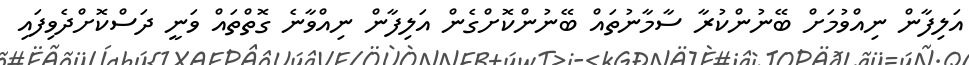
އަލިފާން ނިއްވުމަށް ބޭނުންކުރާ ސާމާނުތައް ބޭނުންކޮށްގެން އަލިފާން ނިއްވާނެ ގޮތްތައް ވަނީ ދަސްކޮށްދެވިފައި